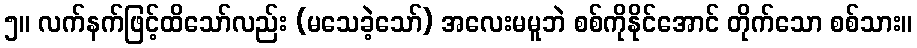
၅။ လက်နက်ဖြင့်ထိသော်လည်း (မသေခဲ့သော်) အလေးမမူဘဲ စစ်ကိုနိုင်အောင် တိုက်သော စစ်သား။